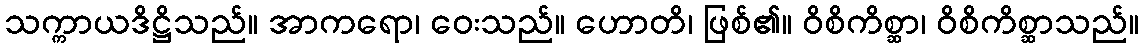
သက္ကာယဒိဋ္ဌိသည်။ အာကရော၊ ဝေးသည်။ ဟောတိ၊ ဖြစ်၏။ ဝိစိကိစ္ဆာ၊ ဝိစိကိစ္ဆာသည်။